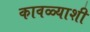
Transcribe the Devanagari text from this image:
कावळ्याशी